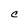
Character: C